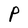
Character: P